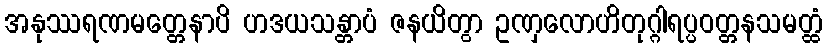
အနုဿရဏမတ္တေနာပိ ဟဒယသန္တာပံ ဇနယိတွာ ဥဏှလောဟိတုဂ္ဂါရပ္ပဝတ္တနသမတ္ထံ